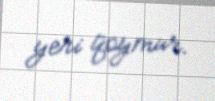
yeri qoymur.